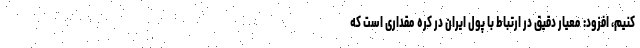
کنیم، افزود: معیار دقیق در ارتباط با پول ایران در کره مقداری است که